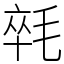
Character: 㲞